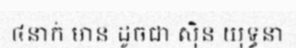
៤នាក់ មាន ដូចជា ស៊ិន យុទ្ធនា